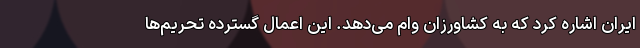
ایران اشاره کرد که به کشاورزان وام می‌دهد. این اعمال گسترده تحریم‌ها